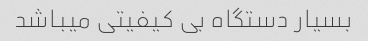
بسیار دستگاه بی کیفیتی میباشد